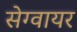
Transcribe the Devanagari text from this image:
सेग्वायर